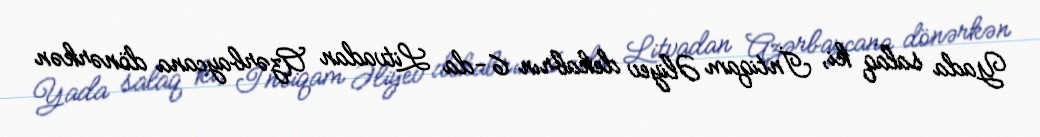
Yada salaq ki, İntiqam Əliyev dekabrın 6-da Litvadan Azərbaycana dönərkən